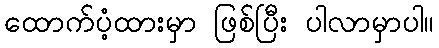
ထောက်ပံ့ထားမှာ ဖြစ်ပြီး ပါလာမှာပါ။